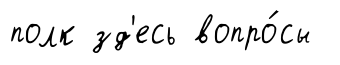
полк зд'есь вопро́сы